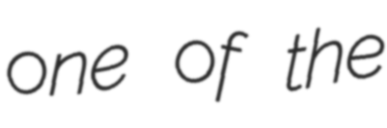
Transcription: one of the